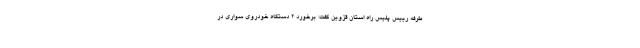
طرفه رییس پلیس راه استان قزوین گفت: برخورد ۲ دستگاه خودروی سواری در